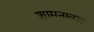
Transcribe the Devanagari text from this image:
शामनावाद